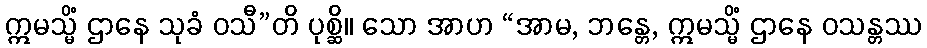
ဣမသ္မိံ ဌာနေ သုခံ ဝသီ”တိ ပုစ္ဆိ။ သော အာဟ “အာမ, ဘန္တေ, ဣမသ္မိံ ဌာနေ ဝသန္တဿ